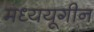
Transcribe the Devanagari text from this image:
मध्ययूगीन